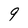
Character: 9